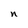
Character: n